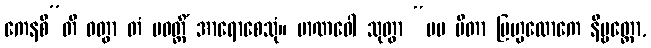
ကေနစီ”တိ ဝတွာ တံ ပဝတ္တိံ အာရောစေသုံ။ မာဏဝေါ သုတွာ “မမ ပိတာ ဗြဟ္မလောကေ နိဗ္ဗတ္တော,